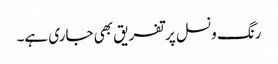
رنگ ونسل پر تفریق بھی جاری ہے۔